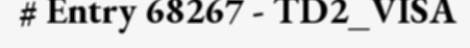
# Entry 68267 - TD2_VISA